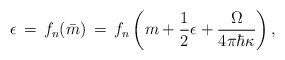
\begin{align*}\epsilon\,=\,f_n(\bar{m})\,=\,f_n\left(m+{1\over 2}\epsilon+{\Omega\over 4\pi\hbar\kappa}\right),\end{align*}